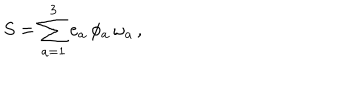
LaTeX: S = \sum _ { a = 1 } ^ { 3 } e _ { a } \, \phi _ { a } \, \omega _ { a } \, ,